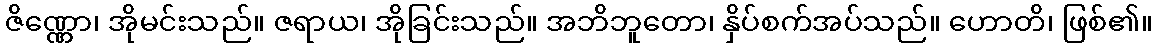
ဇိဏ္ဏော၊ အိုမင်းသည်။ ဇရာယ၊ အိုခြင်းသည်။ အဘိဘူတော၊ နှိပ်စက်အပ်သည်။ ဟောတိ၊ ဖြစ်၏။